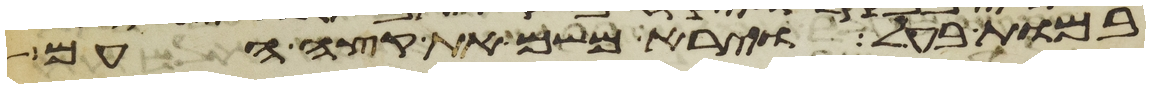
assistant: במות בעל וירא משם את קצה העם